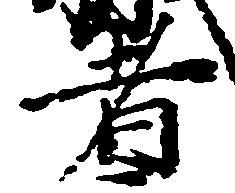
者